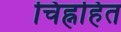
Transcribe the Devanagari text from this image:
चिह्नहित